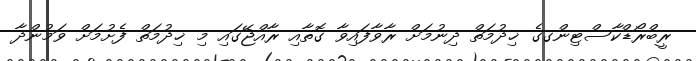
ރީބްރޯޑްކާސްޓިންގގެ ޚިދުމަތް ދިނުމަށް ރާވާފައިވާ ގޮތާއި ރާއްޖޭގައި މި ޚިދުމަތް ފެށުމަށް ވަމުންދާ